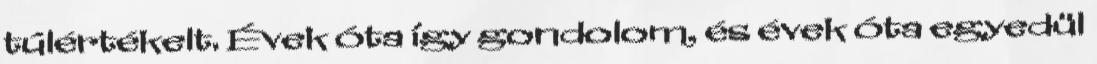
túlértékelt. Évek óta így gondolom, és évek óta egyedül